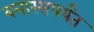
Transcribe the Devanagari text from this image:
बनारसपर्यंत